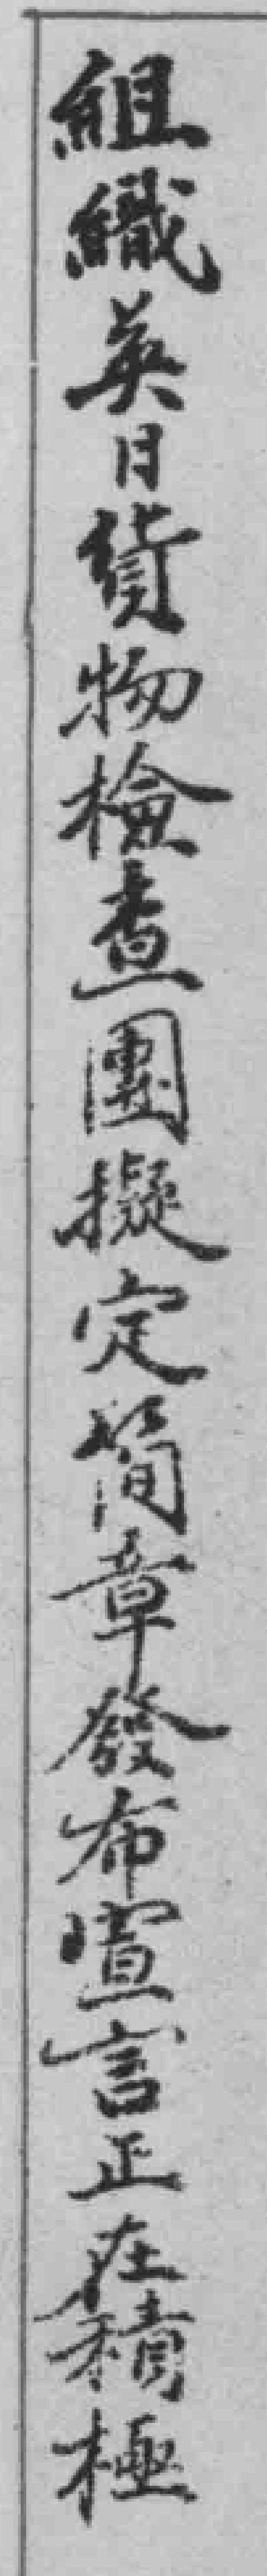
組織英日貨物檢查團擬定簡章發布宣言正在積極